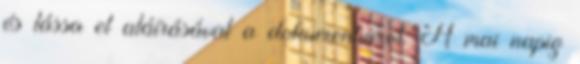
és lássa el aláírásával a dokumentumot. A mai napig